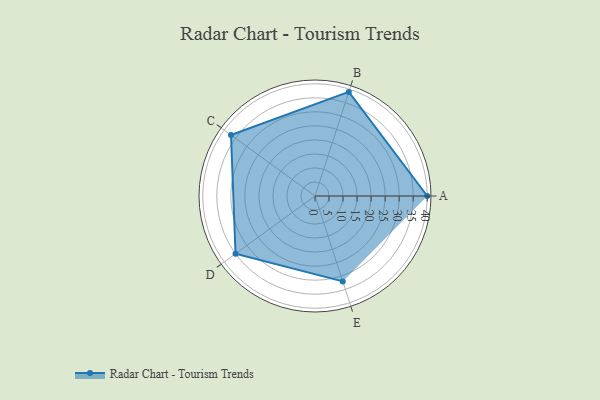
{"axis": {"x": "Skill", "y": "Score"}, "legend": ["Profile"], "data": [{"x": "A", "y": 40.0, "type": "Profile"}, {"x": "B", "y": 39.0, "type": "Profile"}, {"x": "C", "y": 37.0, "type": "Profile"}, {"x": "D", "y": 35.0, "type": "Profile"}, {"x": "E", "y": 32.0, "type": "Profile"}]}